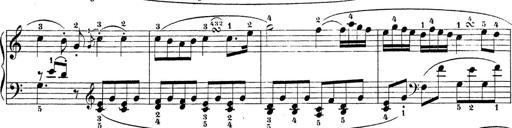
Title: Sonatina Album
Composer: Louis KÃ¶hler